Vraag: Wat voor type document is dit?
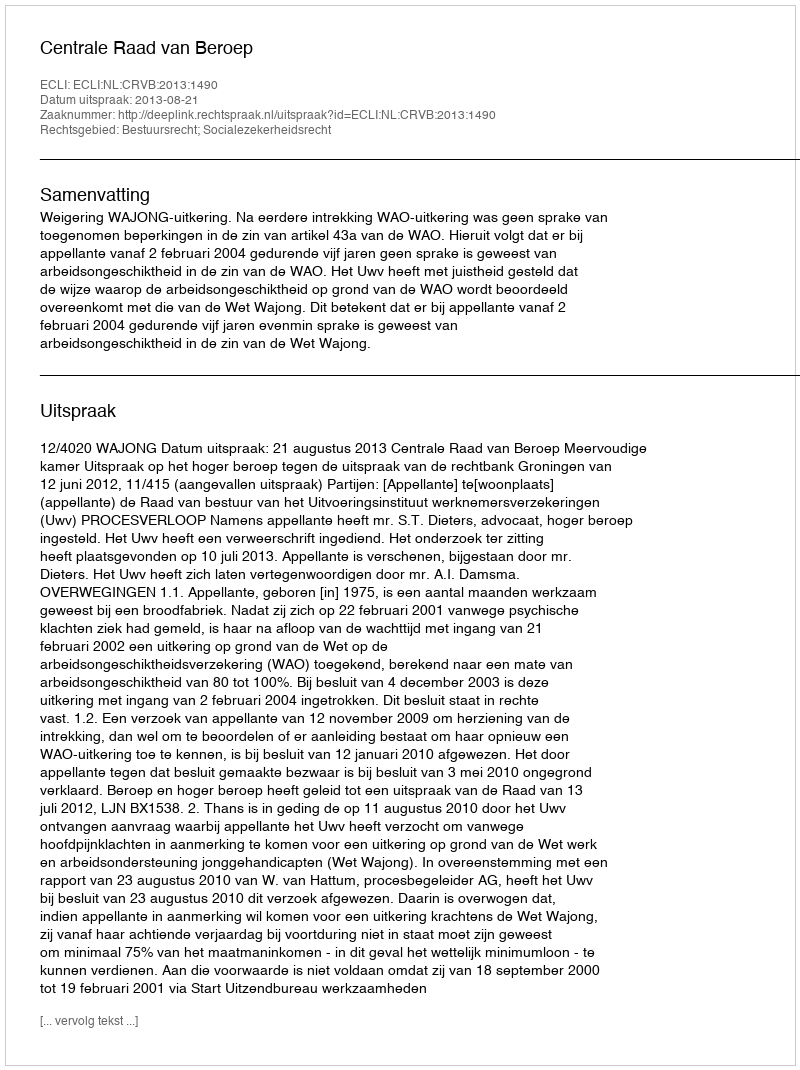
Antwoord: Uitspraak